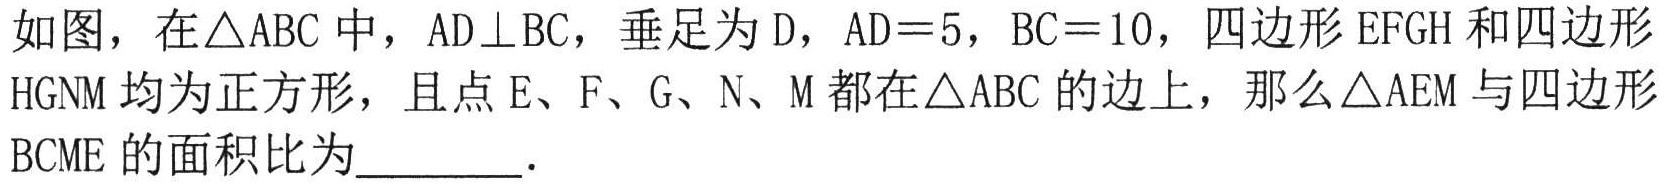
如图，在\(\triangle ABC\)中，\(AD\perp BC\)，垂足为\(D\)，\(AD = 5\)，\(BC = 10\)，四边形\(EFGH\)和四边形\(HGNM\)均为正方形，且点\(E\)、\(F\)、\(G\)、\(N\)、\(M\)都在\(\triangle ABC\)的边上，那么\(\triangle AEM\)与四边形\(BCME\)的面积比为________．